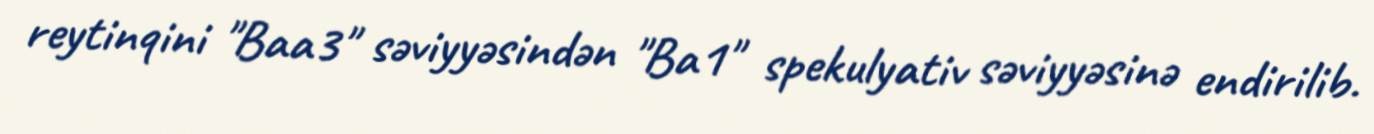
reytinqini "Baa3" səviyyəsindən "Ba1" spekulyativ səviyyəsinə endirilib.